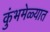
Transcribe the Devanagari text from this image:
कुंभमेळ्यात